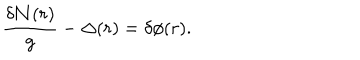
\frac { { \delta } { \cal { N } } ( r ) } { g } - { \Delta } ( r ) = { \delta } { \phi } ( r ) .